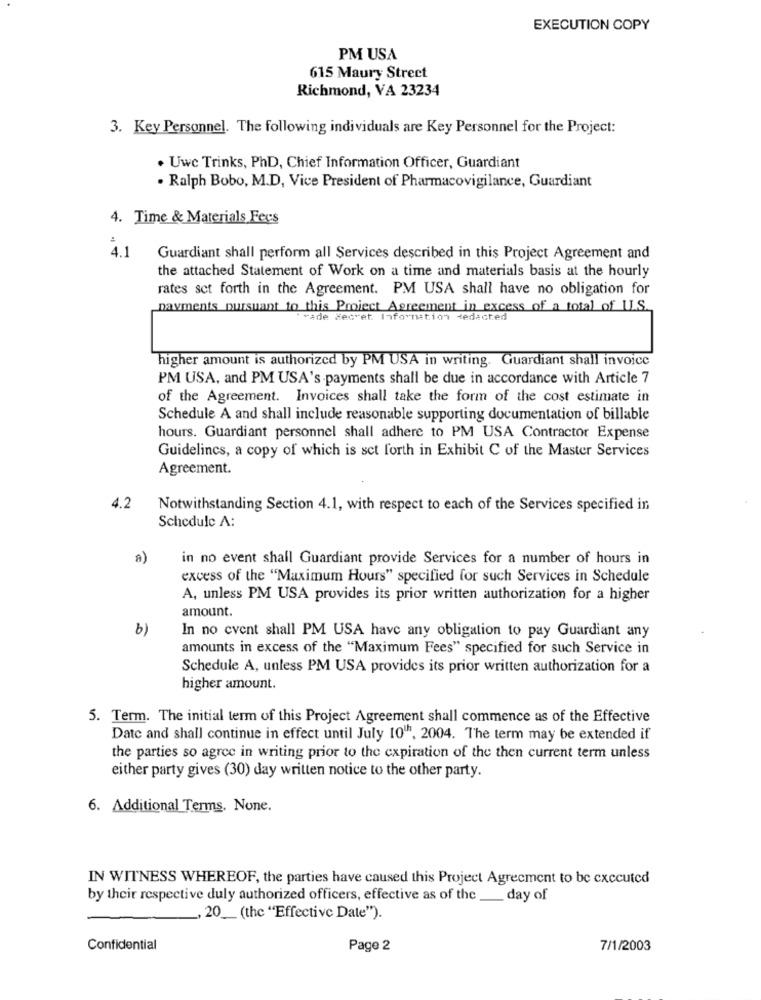
EXECUTION COPY
PM USA
615 Maury Street
Richmond, VA 23234
3. Key Personnel. The following individuals are Key Personnel for the Project:
. Uwe Trinks, PhD, Chief Information Officer, Guardiant
. Ralph Bobo, M.D, Vice President of Pharmacovigilance, Guardiant
4. Time & Materials Fees
4.1
Guardiant shall perform all Services described in this Project Agreement and
the attached Statement of Work on a time and materials basis at the hourly
rates set forth in the Agreement. PM USA shall have no obligation for
payments pursuant to this Project Agreement in excess of a total of U.S.
"made Secret Information redacted
higher amount is authorized by PM USA in writing. Guardiant shall invoice
PM USA, and PM USA's payments shall be due in accordance with Article 7
of the Agreement. Invoices shall take the form of the cost estimate in
Schedule A and shall include reasonable supporting documentation of billable
hours. Guardiant personnel shall adhere to PM USA Contractor Expense
Guidelines, a copy of which is set forth in Exhibit C of the Master Services
Agreement.
4.2
Notwithstanding Section 4.1, with respect to each of the Services specified in
Schedule A:
a)
in no event shall Guardiant provide Services for a number of hours in
excess of the "Maximum Hours" specified for such Services in Schedule
A, unless PM USA provides its prior written authorization for a higher
amount.
b)
In no event shall PM USA have any obligation to pay Guardiant any
amounts in excess of the "Maximum Fees" specified for such Service in
Schedule A, unless PM USA provides its prior written authorization for a
higher amount.
5. Term. The initial term of this Project Agreement shall commence as of the Effective
Date and shall continue in effect until July 10"", 2004. The term may be extended if
the parties so agree in writing prior to the expiration of the then current term unless
either party gives (30) day written notice to the other party.
6. Additional Terms, None.
IN WITNESS WHEREOF, the parties have caused this Project Agreement to be executed
by their respective duly authorized officers, effective as of the __ day of
, 20_ (the "Effective Date").
Confidential
Page 2
7/1/2003